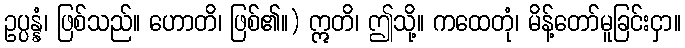
ဥပ္ပန္နံ၊ ဖြစ်သည်။ ဟောတိ၊ ဖြစ်၏။) ဣတိ၊ ဤသို့။ ကထေတုံ၊ မိန့်တော်မူခြင်းငှာ။